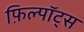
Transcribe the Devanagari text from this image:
फ़िल्पॉट्स